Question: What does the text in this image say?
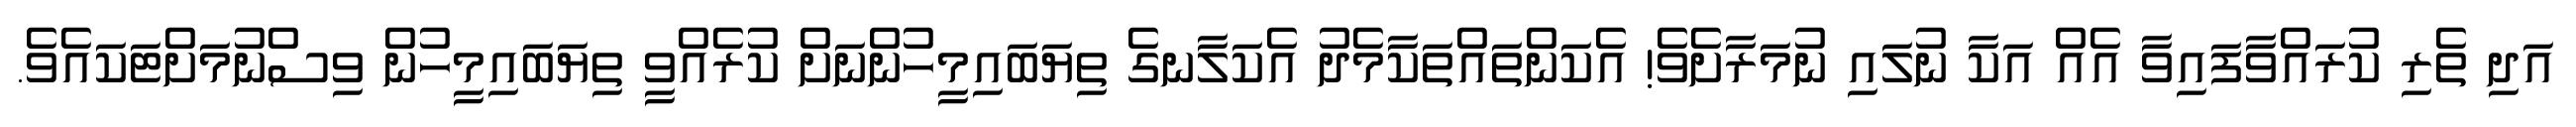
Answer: އަދި ތެރި ކުރައްވާފައިވާ އެއް އަކާ ނުލައި ނުމަރާށެވެ! އެކަންތައްތަކާމެދު އެކަލާނގެ ތިޔަބައިމީހުންނަށް ކުރެއްވީ ތިޔަބައިމީހުން ވިސްނުމަށްޓަކައެވެ.